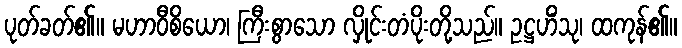
ပုတ်ခတ်၏။ မဟာဝီစိယော၊ ကြီးစွာသော လှိုင်းတံပိုးတို့သည်။ ဥဋ္ဌဟိံသု၊ ထကုန်၏။